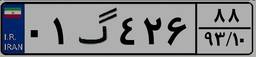
۰۱گ۴۲۶۸۸